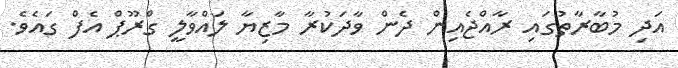
އަދި މުބާރާތުގައި ރާއްޖެއިން ދެން ވާދަކުރާ މާޒިޔާ ލައްވާލީ ގްރޫޕް އެފް ގައެވެ.